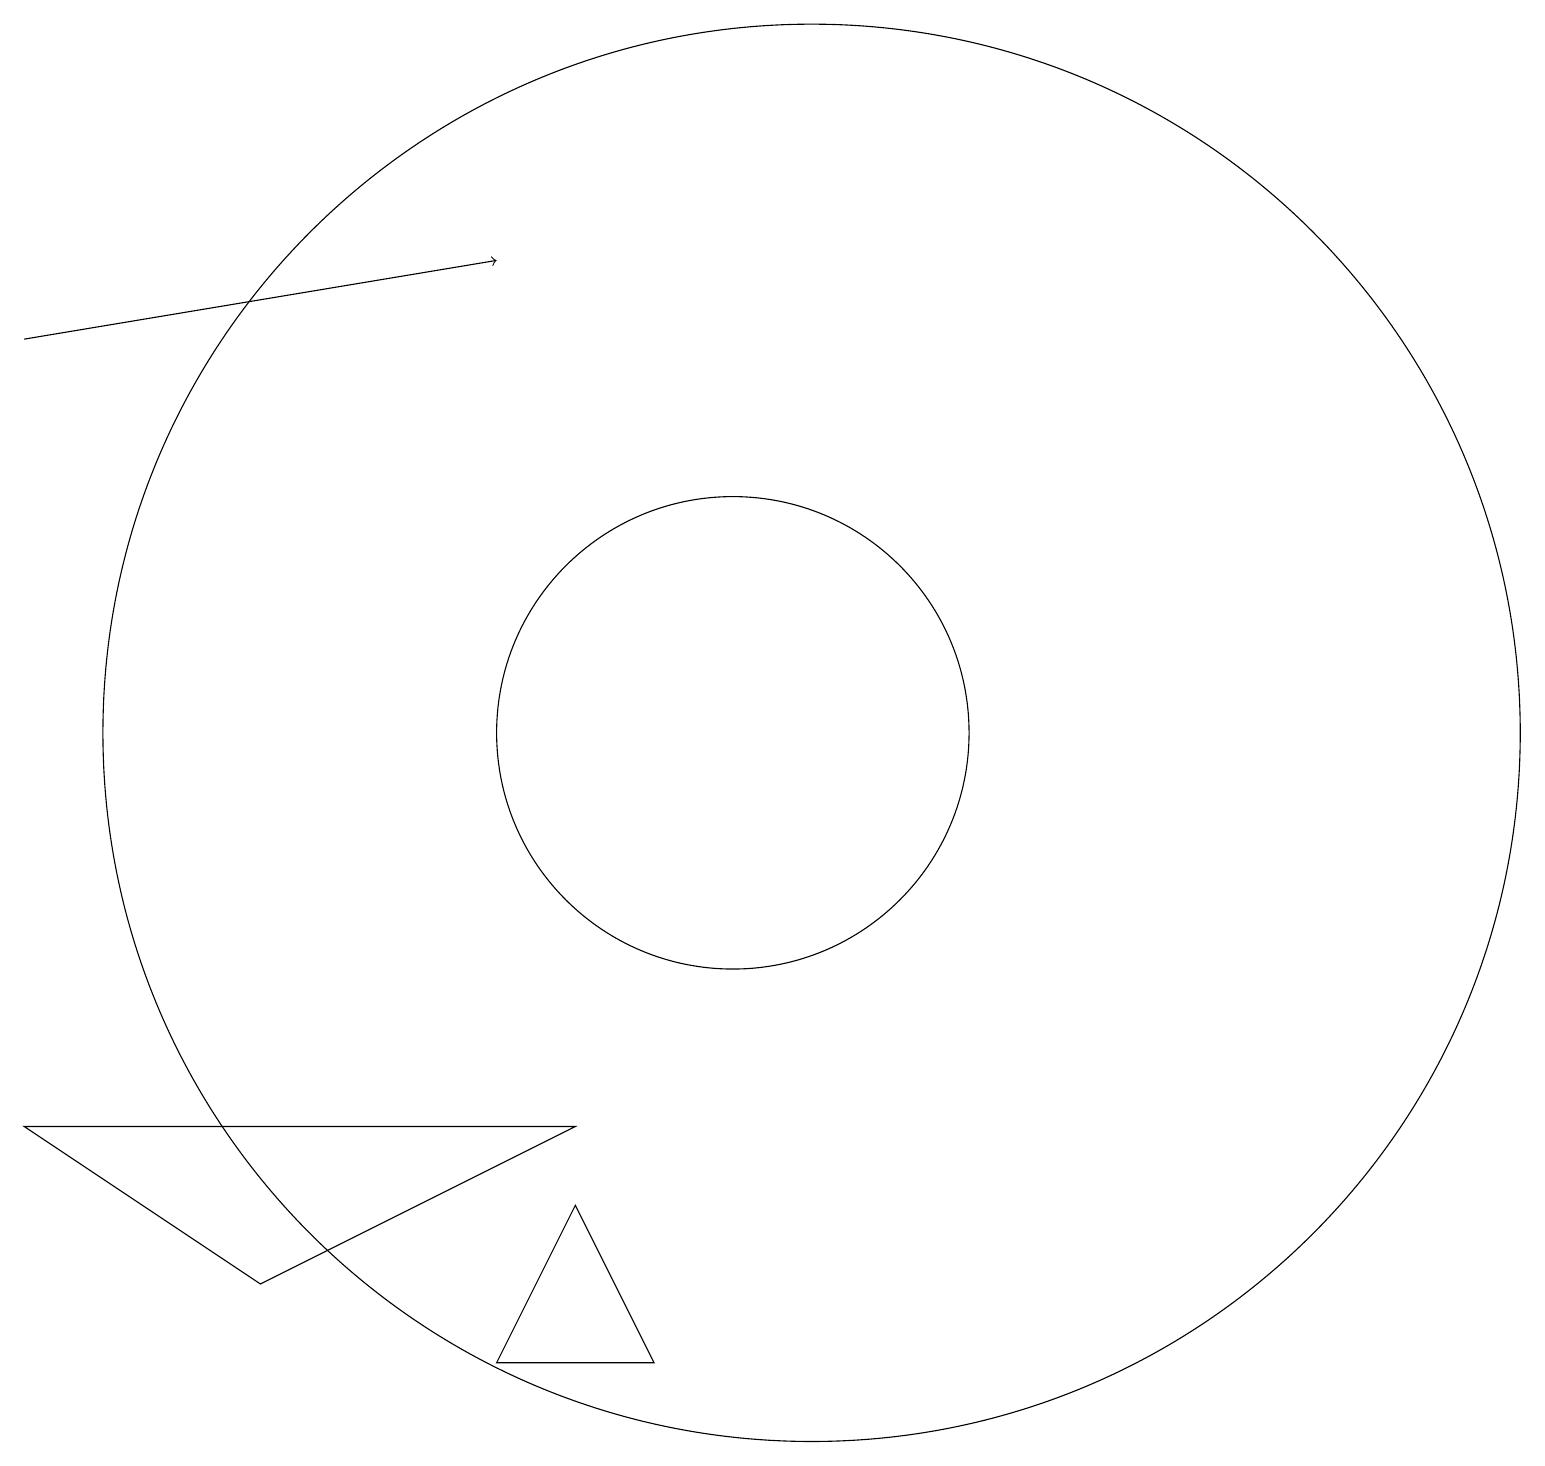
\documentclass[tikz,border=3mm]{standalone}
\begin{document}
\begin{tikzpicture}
\draw (8,5) -- (1,5) -- (4,3) -- cycle;
\draw (10,10) circle (3);
\draw[->] (1,15) -- (7,16);
\draw (7,2) -- (9,2) -- (8,4) -- cycle;
\draw (11,10) circle (9);
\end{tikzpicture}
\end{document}